Civil Veterinary Dept. North-West Frontier Province 1901-22 - 1901-1922
Year: 1901
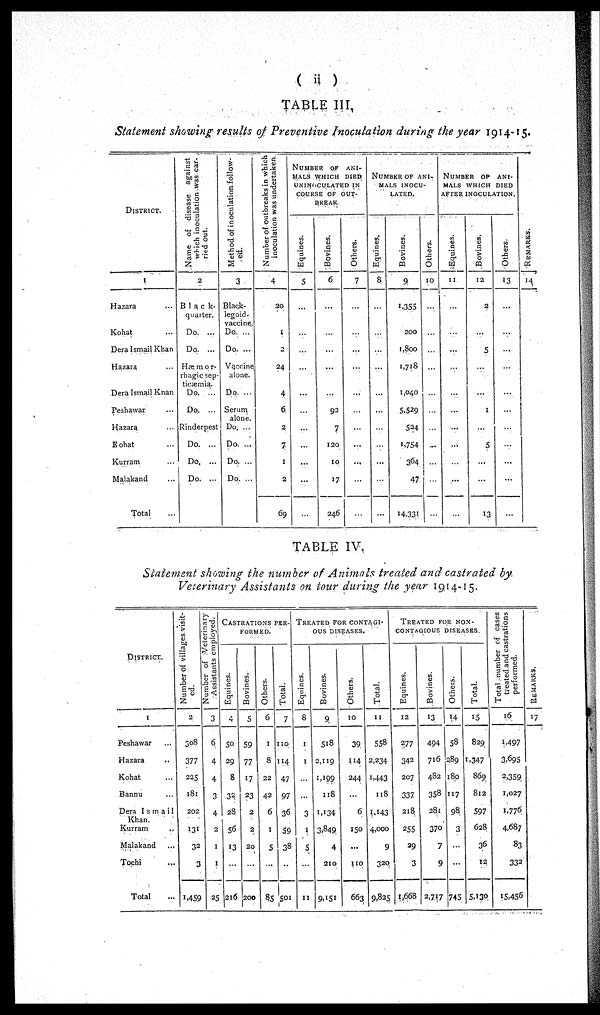
( ii )
TABLE III,
Statement showing results of Preventive Inoculation during the year 1914-15.
DISTRICT.
1
Hazara ...
Kohat ...
Dera Ismail Khan
Hazara ...
Dera Ismail Khan
Peshawar ...
Hazara ...
Kohat ...
Kurram ...
Malakand ...
Total
Name of disease against
which inoculation was car-
ried out.
2
Black-
quarter.
Do.
...
Do.
...
Hæmor-
rhagic sep-
ticæmia.
Do.
...
Do.
...
Rinderpest
Do. ...
Do. ...
Do. ...
Method of inoculation follow-
ed.
3
Black-
legoid-
vaccine.
Do. ...
Do. ...
Vaccine
alone.
Do. ...
Serum
alone.
Do. ...
Do. ...
Do. ...
Do. ...
Number of outbreaks in which
inoculation was undertaken
4
20
1
2
24
4
6
2
7
1
2
69
NUMBER
OF
ANI-
---- WHICH DIED
UNINOCULATED IN
COURSE OF OUT-
BREAK.
Equines.
5
...
...
...
...
...
...
...
...
...
...
...
Bovines.
6
...
...
...
...
...
92
7
120
10
17
246
Others.
7
...
...
...
...
...
...
...
...
...
...
...
NUMBKR OF ANI-
MALS INOCU-
LATED.
Equines.
8
...
...
...
...
...
...
...
...
...
...
...
Bovines.
9
1,355
200
1,800
1,718
1,040
5,529
524
1,754
364
47
14,331
Others.
10
...
...
...
...
...
...
...
...
...
...
NUMBER
OP ANI-
MALS WHICH DIED
AFTER INOCULATION.
Equines.
11
...
...
...
...
...
...
...
...
...
...
...
Bovines.
12
2
...
5
...
...
1
...
5
...
...
13
Others.
13
...
...
...
...
...
...
...
...
...
...
...
REMARKS
14
TABLE IV.
Statement showing the number of Animals treated and castrated by.
Veterinary Assistants on tour during the year 1914-15.
DISTRICT.
1
Peshawar ...
Hazara ..
Kohat ...
Bannu ...
Dera Ismail
Khan.
Kurram ..
Malakand ...
Tochi ...
Total
Number of villages visit-
ed.
2
308
377
225
181
202
131
32
3
1,459
Number of veterinary
Assistants employed.
3
6
4
4
3
4
2
1
1
25
CASTRATIONS
PER-
-------
Equines.
4
50
29
8
32
28
56
13
...
216
Bovines.
5
59
77
17
23
2
2
20
...
200
Others.
6
1
8
22
42
6
1
5
...
85
Total.
7
110
114
47
97
36
59
38
...
501
TREATED
FOR
CONTAGI-
--- DISEASES.
Equines.
8
1
1
...
...
3
1
5
...
11
Bovines.
9
518
2,119
1,199
118
1,134
3,849
4
210
9,151
Others.
10
39
114
244
...
6
150
...
110
663
Total.
11
558
2,234
1.443
118
1,143
4,000
9
320
9,825
TREATED
FOR
NON-
----------
DISEASES.
Equines.
12
277
342
207
337
218
255
29
3
1,668
Bovines.
13
494
716
482
358
281
370
7
9
2,717
Others.
14
58
289
180
117
98
3
...
...
745
Total.
15
829
1,347
869
812
597
628
36
12
5,130
Total number of cases
treated and castrations
performed.
16
1.497
3,695
2,359
1,027
1,776
4.687
83
332
15,456
REMARKS.
17